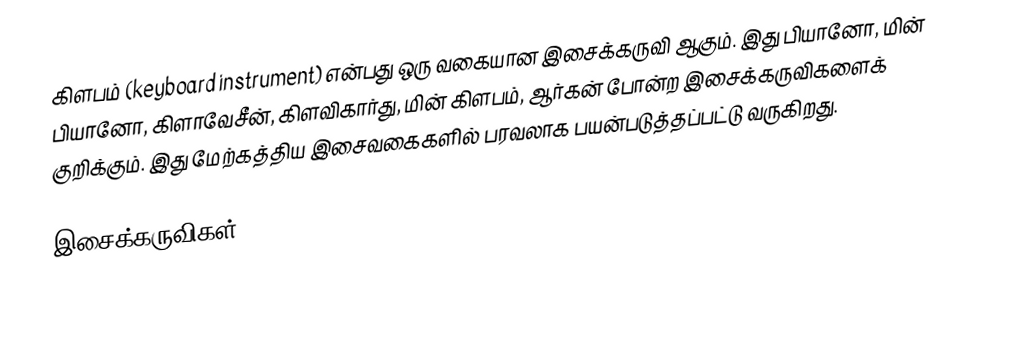
கிளபம் (keyboard instrument) என்பது ஒரு வகையான இசைக்கருவி ஆகும். இது பியானோ, மின் பியானோ, கிளாவேசீன், கிளவிகார்து, மின் கிளபம், ஆர்கன் போன்ற இசைக்கருவிகளைக் குறிக்கும். இது மேற்கத்திய இசைவகைகளில் பரவலாக பயன்படுத்தப்பட்டு வருகிறது.

இசைக்கருவிகள்